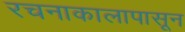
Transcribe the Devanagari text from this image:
रचनाकालापासून